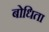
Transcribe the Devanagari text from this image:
बोधिता